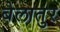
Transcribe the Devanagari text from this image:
बेलातुर